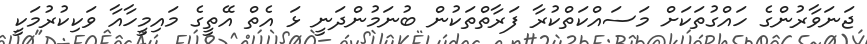
ޖަނަވާރުންގެ ހައްގުތަކަށް މަސައްކަތްކުރާ ފަރާތްތަކުން ބުނަމުންދަނީ ޅަ އެތް އޭތީގެ މައިމީހާއާ ވަކިކުރުމަކީ